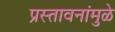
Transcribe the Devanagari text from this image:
प्रस्तावनांमुळे